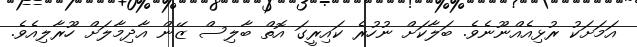
އަމަށަކު ރުޅިއެއްނޫނެވެ. ބަލާކަށް ނުހުރެ ކައިރީގަ އޮތް ބާލިސް ޒޭން އާދިމާލަށް ހޫރާލިއެވެ.